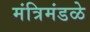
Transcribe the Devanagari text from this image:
मंत्रिमंडळे